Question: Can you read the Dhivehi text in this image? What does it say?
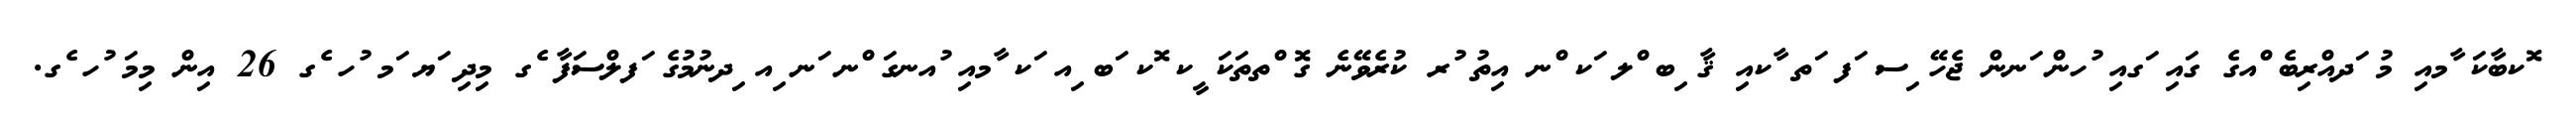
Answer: ޮކބާކަ ާމއި މު ަދއްރިބެ ްއގެ ގައި ަގއި ުހން ަނން ޖެހޭ ިސ ަފ ަތ ާކއި ޤާ ިބ ްލ ަކ ްނ އިތު ުރ ކުރެވޭނެ ގޮ ްތތަކަ ީކ ޮކ ަބ ިއ ަކ ާމއި ުއނގަ ްނ ަނ ިއ ިދނުމުގެ ަފލްސަފާ ެގ މިދި ަޔ ަމ ުހ ެގ 26 އިން މިމަ ުހ ެގ.